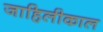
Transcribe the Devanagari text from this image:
जाहिलीकाल